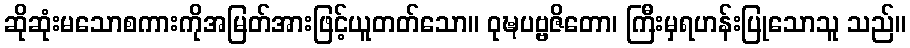
ဆိုဆုံးမသောစကားကိုအမြတ်အားဖြင့်ယူတတ်သော။ ဝုဍ္ဎပဗ္ဗဇိတော၊ ကြီးမှရဟန်းပြုသောသူ သည်။